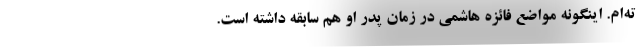
ته‌ام. اینگونه مواضع فائزه هاشمی در زمان پدر او هم سابقه داشته است.